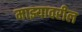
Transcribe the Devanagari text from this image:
माझ्यावरील